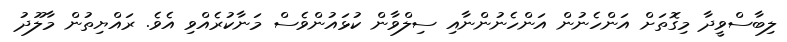
ލިބާސްވީދާ މިގޮތަށް އަންހެނުން އަންހެނުންނާއި ސިލްވާން ކުޅައުންވެސް މަނާކުރެއްވި އެވެ. ރައްޔިތުން މާލޫދު